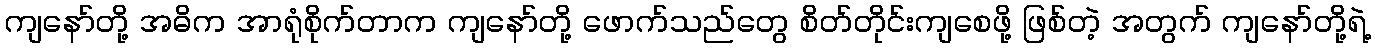
ကျနော်တို့ အဓိက အာရုံစိုက်တာက ကျနော်တို့ ဖောက်သည်တွေ စိတ်တိုင်းကျစေဖို့ ဖြစ်တဲ့ အတွက် ကျနော်တို့ရဲ့